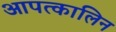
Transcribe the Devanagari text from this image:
आपत्कालिन